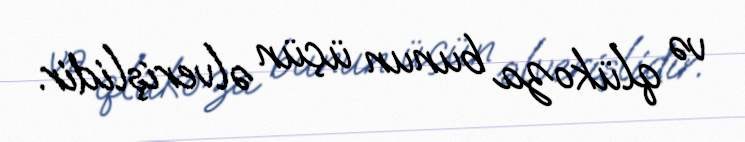
və qlükoza bunun üçün əlverişlidir.